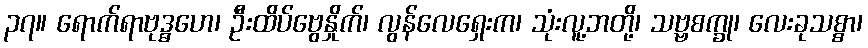
၃၇။ ရောက်ရာဗုဒ္ဓဟေ၊ ဦးထိပ်ဗွေနှိုက်၊ လွန်လေရှေးက၊ သုံးလူ့ဘတို့၊ သဗ္ဗစက္ခု၊ လေးခုသစ္စာ၊